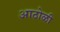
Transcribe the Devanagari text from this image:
आठोळी